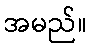
အမည်။